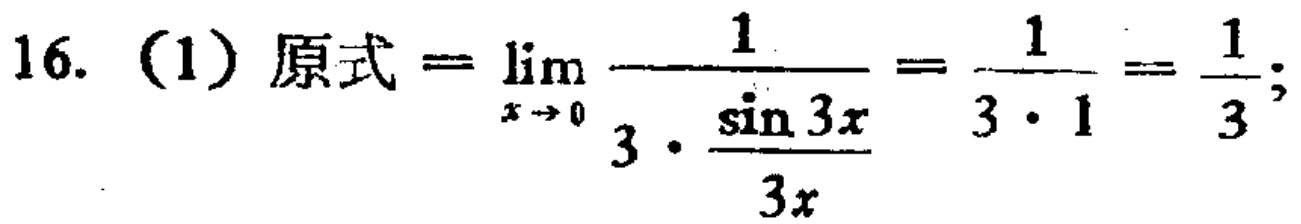
16. (1) 原式$=\lim_{x \to 0} \frac{1}{3 \cdot \frac{\sin 3x}{3x}}=\frac{1}{3 \cdot 1}=\frac{1}{3};$